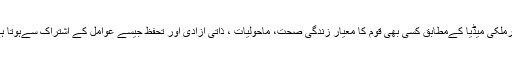
غیرملکی میڈیا کےمطابق کسی بھی قوم کا معیار زندگی صحت، ماحولیات ، ذاتی آزادی اور تحفظ جیسے عوامل کے اشتراک سےہوتا ہے۔